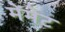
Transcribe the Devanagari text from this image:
मेंमेट